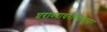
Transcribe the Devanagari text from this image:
घराण्याघराण्यांनुसार